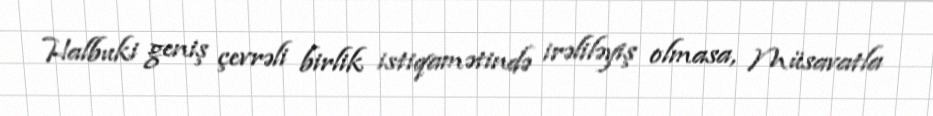
Halbuki geniş çevrəli birlik istiqamətində irəliləyiş olmasa, Müsavatla